Voru_kinnistusamet, lk 19
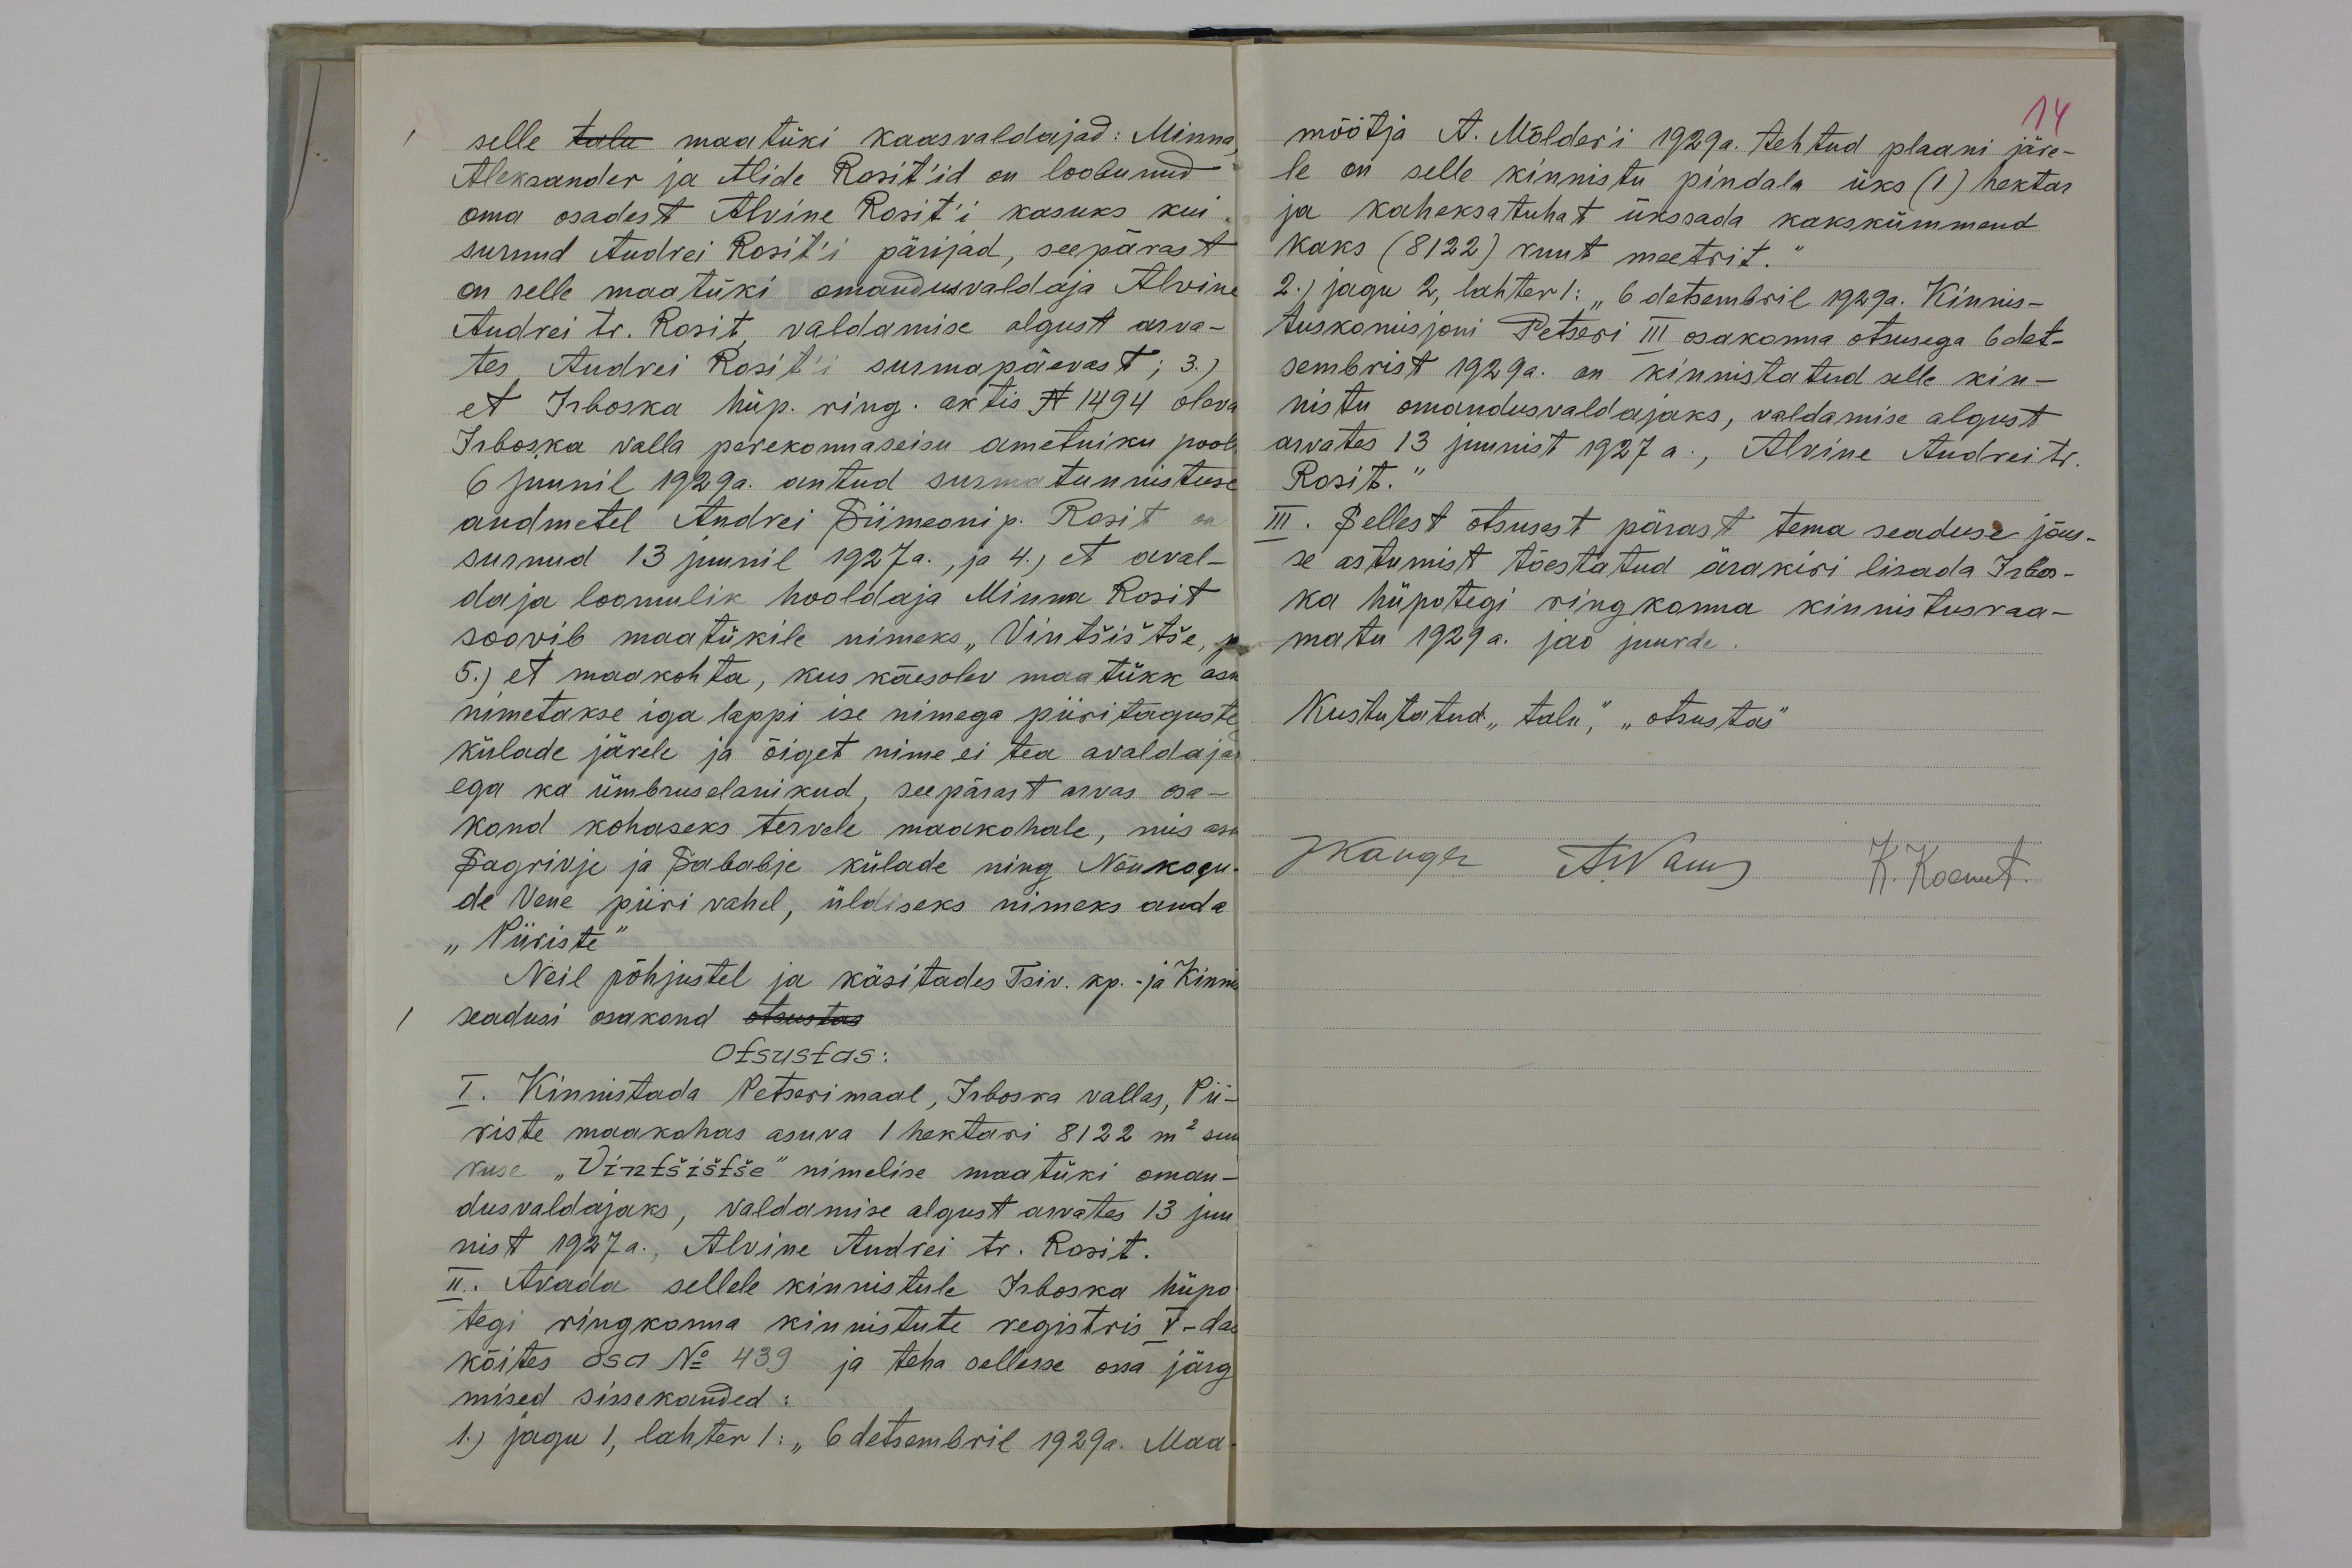
selle talu maatüki kaasvaldajad: Minna,
Aleksander ja Alide Rosit'id on loobunud
oma osadest Alvine Rosit'i kasuks kui
surnud Andrei Rosit'i pärijad, seepärast
on selle maatüki omandusvaldaja Alvine
Andrei tr. Rosit, valdamise algust arva-
tes Andrei Rosit'i surmapäevast; 3.)
et Irboska hüp. ring. aktis N 1494 oleva
Irboska valla perekonnaseisu ametniku pool
6 juunil 1929a. antud surmatunnistuse
andmetel Andrei Siimeoni p. Rosit on
surnud 13 juunil 1927a., ja 4.) et aval-
daja loomulik hooldaja Minna Rosit
soovib maatükile nimeks "Vintšištše, ja
5.) et maakohta, kus käesolev maatükk asu
nimetakse iga lappi ise nimega piiritaguste
külade järele ja õiget nime ei tea avaldaja
ega ka ümbruselanikud, seepärast arvas osa-
kond kohaseks tervele maakohale, mis asu
Sagrivje ja Sababje külade ning Nõukogu-
de Vene piiri vahel, üldiseks nimeks anda
"Piiriste"
Neil põhjustel ja käsitades Tsiv. kp.- ja Kinnis
seadusi osakond otsustas
Otsustas:
I. Kinnistada Petserimaal, Irboska vallas, Pii-
riste maakohas asuva 1 hektari 8122 m2 suu
ruse "Vintšištše" nimelise maatüki oman-
dusvaldajaks, valdamise algust arvates 13 juu
nist 1927a., Alvine Andrei tr. Rosit.
II. Avada sellele kinnistule Irboska hüpo
tegi ringkonna kinnistute registris V-das
köites osa No 439 ja teha sellesse ossa järg
mised sissekanded:
1.) jagu 1, lahter 1: "6 detsembril 1929a. Maa-

mõõtja A. Mölder'i 1929a. tehtud plaani järe-
14
le on selle kinnistu pindala üks (1) hektar
ja kaheksatuhat ükssada kakskümmend
kaks (8122) ruut meetrit."
2.) jagu 2, lahter 1: "6 detsembril 1929a. Kinnis-
tuskomisjoni Petseri III osakonna otsusega 6 det-
sembrist 1929 a. on kinnistatud selle kin-
nistu omandusvaldajaks, valdamise algust
arvates 13 juunist 1927 a., Alvine Andrei tr.
Rosit."
III. Sellest otsusest pärast tema seaduse jõus-
se astumist tõestatud ärakiri lisada Irbos-
ka hüpotegi ringkonna kinnistusraa-
matu 1929 a. jao juurde.
Kustutatud "talu", "otsustas"
JKanger
A.Narusk
K. Koemets.